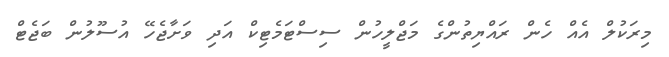
މިރަކުލް އެއް ހެން ރައްޔިތުންގެ މަޖްލީހުން ސިސްޓަމެޓިކް އަދި ވަށާޖެހޭ އުސޫލުން ބަޖެޓް